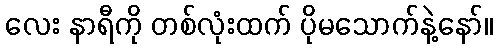
လေး နာရီကို တစ်လုံးထက် ပိုမသောက်နဲ့နော်။